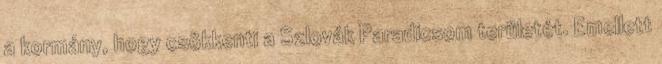
a kormány, hogy csökkenti a Szlovák Paradicsom területét. Emellett